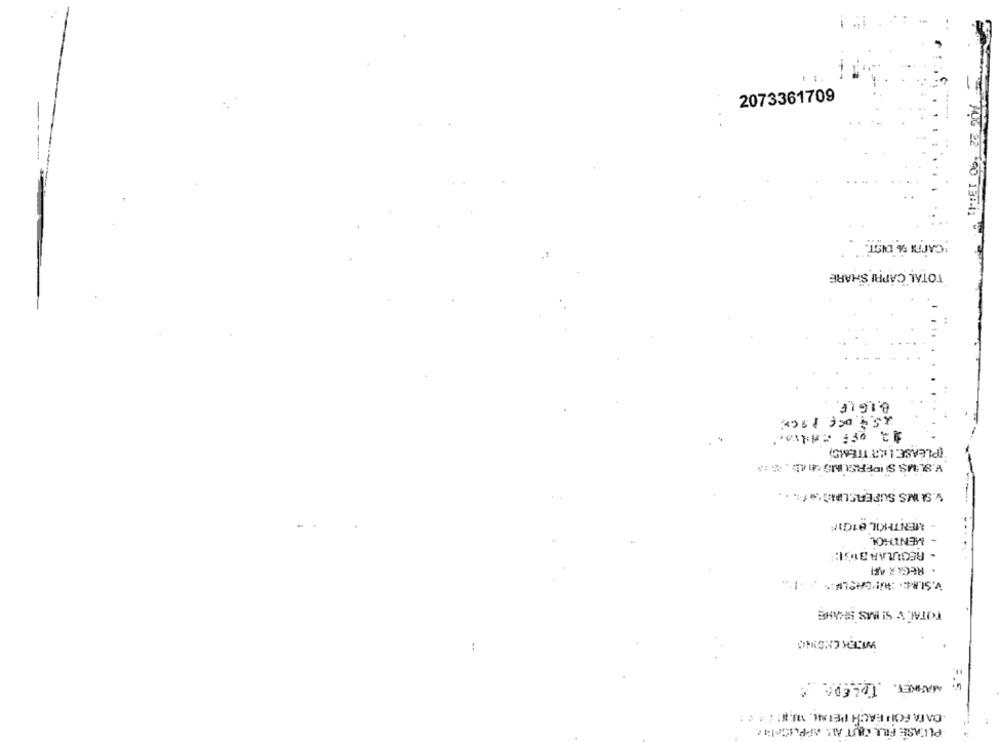
2073361709
706 22 90 131.11
TOTAL CAPRI SHARE
BIGIF
25.4 off 896x;
12 off CARIA ..
"(PLEASE. LIST'TTEMS)
V.SUMS SIDERSUNG :14b . S. :
V. SAIMS SUPERCLASS :.. ..
- MENTIKIL 81CHI
- MENTHCH
- REGULAA BIG1:
. REGEX ARI
V.SURE. WUPGASLE.
TOTAL V SIMS SHAHE
WEEK CMSNO
:
4: MATINET. TOLEDO
·DATA FOR EACH DETAIL WIFI :
PLEASE FILL OUT ALL APPLICAINTO